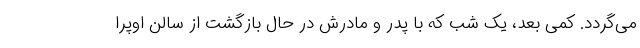
می‌گردد. کمی بعد، یک شب که با پدر و مادرش در حال بازگشت از سالن اوپرا